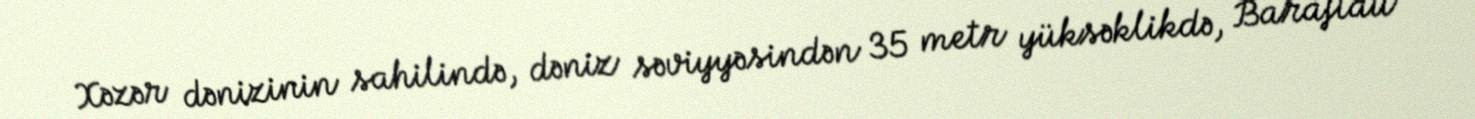
Xəzər dənizinin sahilində, dəniz səviyyəsindən 35 metr yüksəklikdə, Baraftau